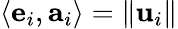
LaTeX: \left\langle\mathbf{e}_{i},\mathbf{a}_{i}\right\rangle=\left\| \mathbf{u}_{i}\right\|